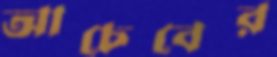
আচেবের